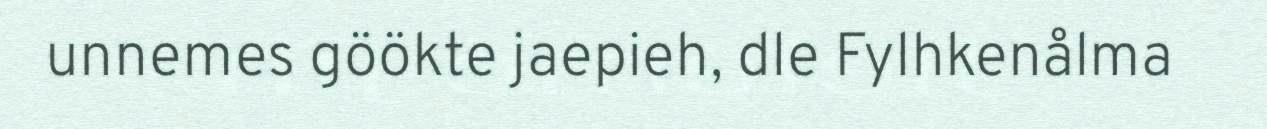
unnemes göökte jaepieh, dle Fylhkenålma